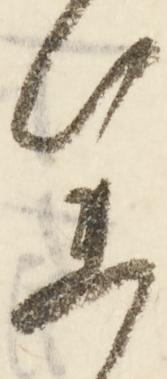
参